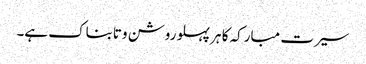
سیرت مبارکہ کا ہر پہلو روشن وتابناک ہے۔